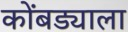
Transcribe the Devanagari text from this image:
कोंबड्याला